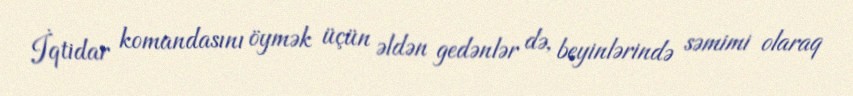
İqtidar komandasını öymək üçün əldən gedənlər də, beyinlərində səmimi olaraq